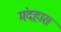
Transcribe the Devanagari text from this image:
मंदहास